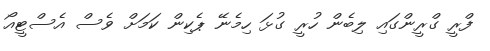
ފްރީ ގްރީންގައި ލިބެން ހުރީ ގުޅަ ހިމެނޭ ޕެކިން ކަމަށް ވެސް އެސްޓީއޯ